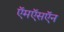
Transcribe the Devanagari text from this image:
ऍमऍसऍन